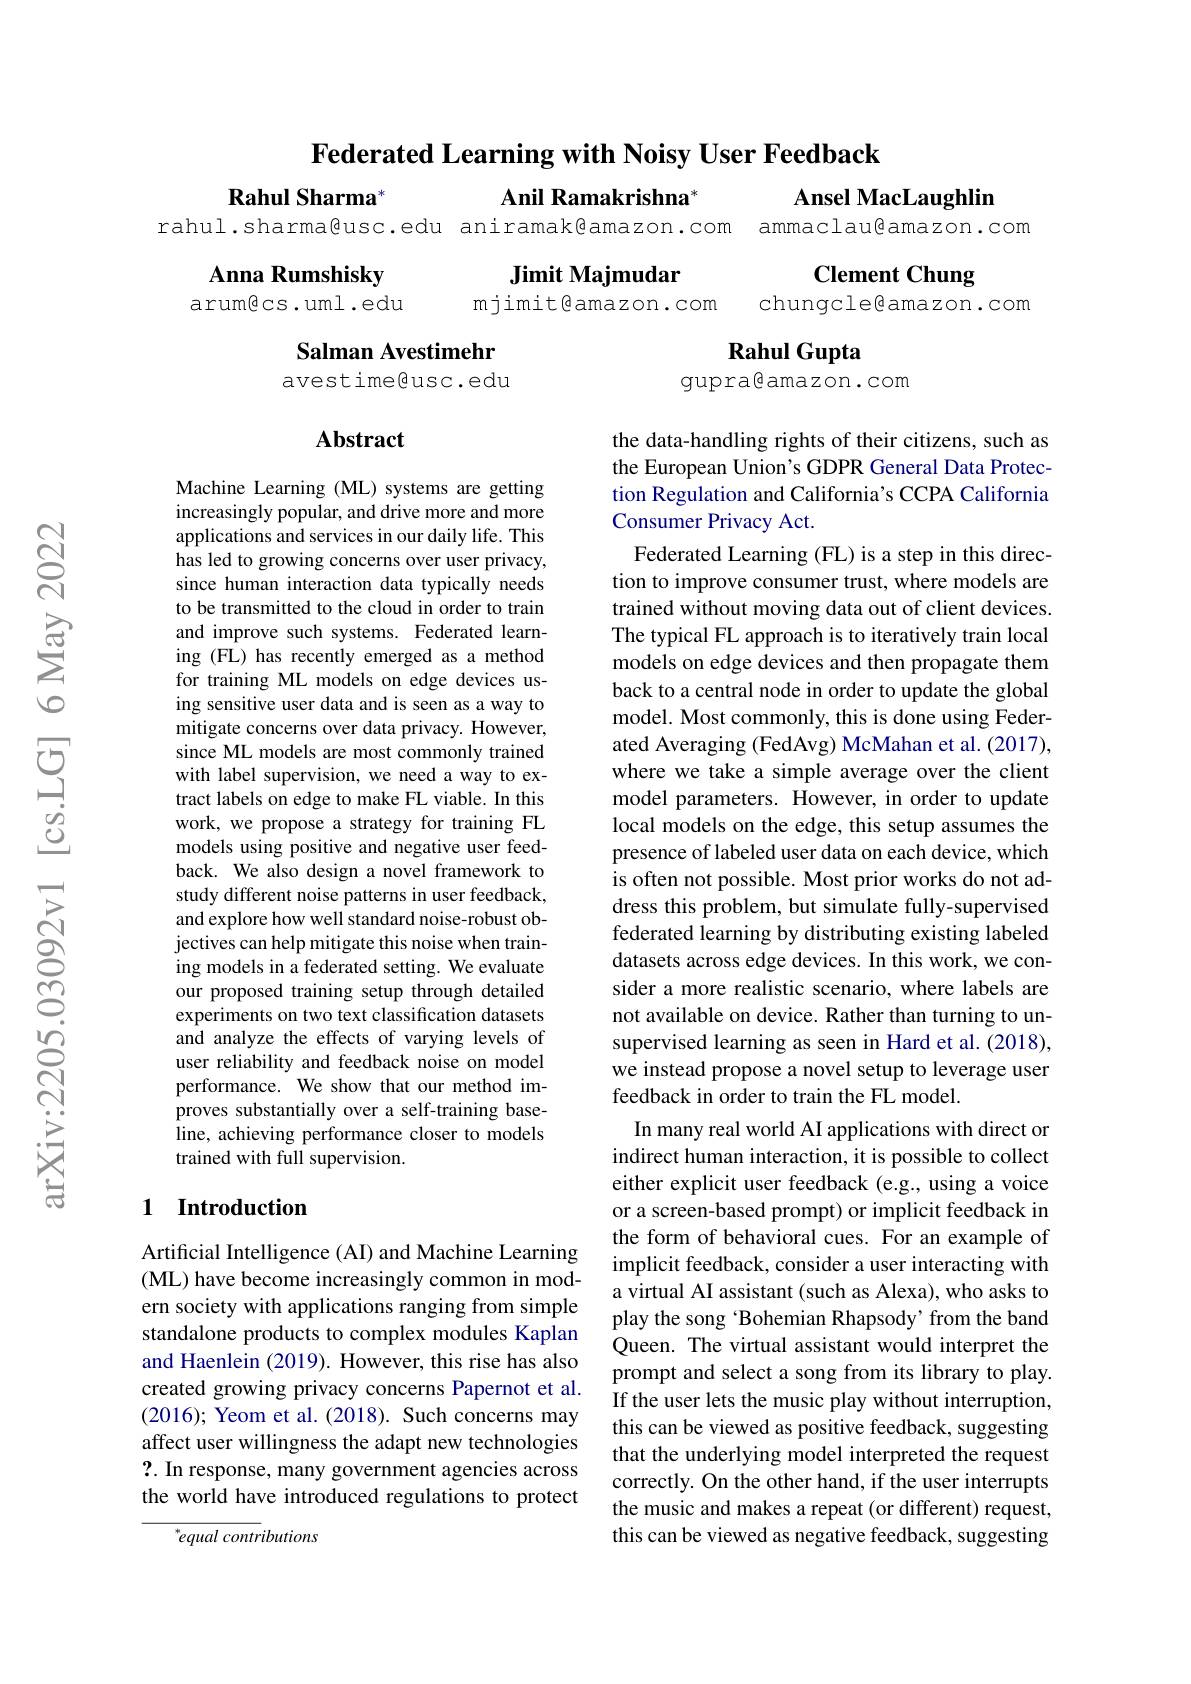
Federated Learning with Noisy User Feedback
Rahul Sharma$^{*}$
Anil Ramakrishna$^{*}$
$\mathbf{Ansel}$ MacLaughlin
rahul.sharma@usc.edu aniramak@amazon.com ammaclau@amazon.com

Jimit Majmudar
mjimit@amazon.com

Anna Rumshisky arumêcs.uml.edu

Clement Chung
chungcle@amazon.com

Rahul Gupta
gupra@amazon.com

### Salman Avestimehr avestime@usc.edu

### Abstract

Machine Learning (ML) systems are getting increasingly popular, and drive more and more applications and services in our daily life. This has led to growing concerns over user privacy, since human interaction data typically needs to be transmitted to the cloud in order to train and improve such systems. Federated learning (FL) has recently emerged as a method for training ML models on edge devices using sensitive user data and is seen as a way to mitigate concerns over data privacy. However, since ML models are most commonly trained with label supervision, we need a way to extract labels on edge to make FL viable. In this work, we propose a strategy for training FL models using positive and negative user feedback. We also design a novel framework to study different noise patterns in user feedback, and explore how well standard noise-robust objectives can help mitigate this noise when training models in a federated setting. We evaluate our proposed training setup through detailed experiments on two text classification datasets and analyze the effects of varying levels of user reliability and feedback noise on model performance. We show that our method improves substantially over a self-training baseline, achieving performance closer to models trained with full supervision

the data-handling rights of their citizens, such as the European Union's GDPR General Data Protection Regulation and California's CCPA California Consumer Privacy Act.
Federated Learning (FL) is a step in this direction to improve consumer trust, where models are trained without moving data out of client devices. The typical FL approach is to iteratively train local models on edge devices and then propagate them back to a central node in order to update the global model. Most commonly, this is done using Federated Averaging (FedAvg) McMahan et al. (2017), where we take a simple average over the client model parameters. However, in order to update local models on the edge, this setup assumes the presence of labeled user data on each device, which is often not possible. Most prior works do not address this problem, but simulate fully-supervised federated learning by distributing existing labeled datasets across edge devices. In this work, we consider a more realistic scenario, where labels are not available on device. Rather than turning to unsupervised learning as seen in Hard et al. (2018), we instead propose a novel setup to leverage user feedback in order to train the FL model.
In many real world AI applications with direct or indirect human interaction, it is possible to collect either explicit user feedback (e.g., using a voice or a screen-based prompt) or implicit feedback in the form of behavioral cues. For an example of implicit feedback, consider a user interacting with a virtual AI assistant (such as Alexa), who asks to play the song 'Bohemian Rhapsody'from the band Queen. The virtual assistant would interpret the prompt and select a song from its library to play. If the user lets the music play without interruption, this can be viewed as positive feedback, suggesting that the underlying model interpreted the request correctly. On the other hand, if the user interrupts the music and makes a repeat (or different) request, this can be viewed as negative feedback, suggesting

## 1 Introduction

Artificial Intelligence (AI) and Machine Learning (ML) have become increasingly common in modern society with applications ranging from simple standalone products to complex modules Kaplan and Haenlein (2019). However, this rise has also created growing privacy concerns Papernot et al. (2016); Yeom et al.(2018). Such concerns may affect user willingness the adapt new technologies ?. In response, many government agencies across the world have introduced regulations to protect

"equal contributions